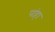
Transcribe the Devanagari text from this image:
पांहा